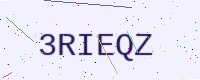
Text: 3RIEQZ